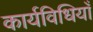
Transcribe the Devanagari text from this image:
कार्यविधियाँ